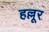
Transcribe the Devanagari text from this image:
हल्लूर